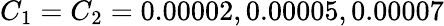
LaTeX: C_{1}=C_{2}=0.00002,0.00005,0.00007